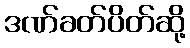
ဒဏ်ခတ်ပိတ်ဆို့